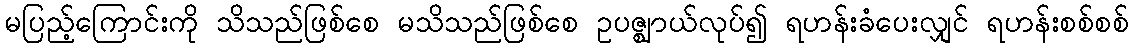
မပြည့်ကြောင်းကို သိသည်ဖြစ်စေ မသိသည်ဖြစ်စေ ဥပဇ္ဈာယ်လုပ်၍ ရဟန်းခံပေးလျှင် ရဟန်းစစ်စစ်